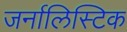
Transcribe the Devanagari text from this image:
जर्नालिस्टिक